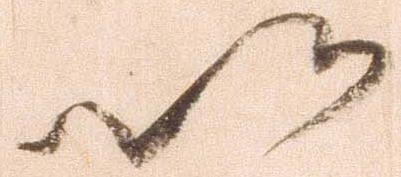
以